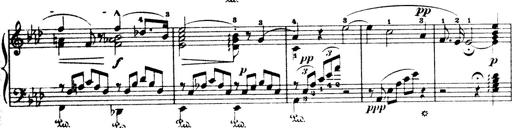
Title: Wagner-Liszt Album
Composer: Franz Liszt